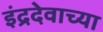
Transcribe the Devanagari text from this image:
इंद्रदेवाच्या